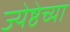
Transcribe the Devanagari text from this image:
ज्येष्ठेच्या